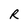
Character: R